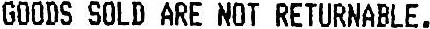
GOODS SOLD ARE NOT RETURNABLE.